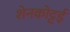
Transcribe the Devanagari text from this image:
शेनकोट्टई